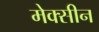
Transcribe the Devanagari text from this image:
मेक्सीन